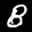
Label: 8